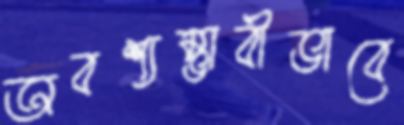
অবশ্যম্ভাবীভাবে